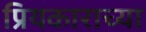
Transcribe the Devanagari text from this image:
प्रियकाराच्या